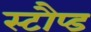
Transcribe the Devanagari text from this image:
स्टौप्ड